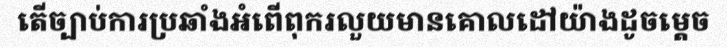
តើច្បាប់ការប្រឆាំងអំពើពុករលួយមានគោលដៅយ៉ាងដូចម្តេច